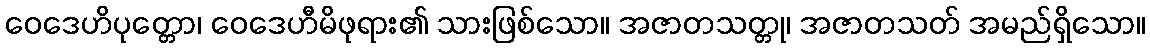
ဝေဒေဟိပုတ္တော၊ ဝေဒေဟီမိဖုရား၏ သားဖြစ်သော။ အဇာတသတ္တု၊ အဇာတသတ် အမည်ရှိသော။